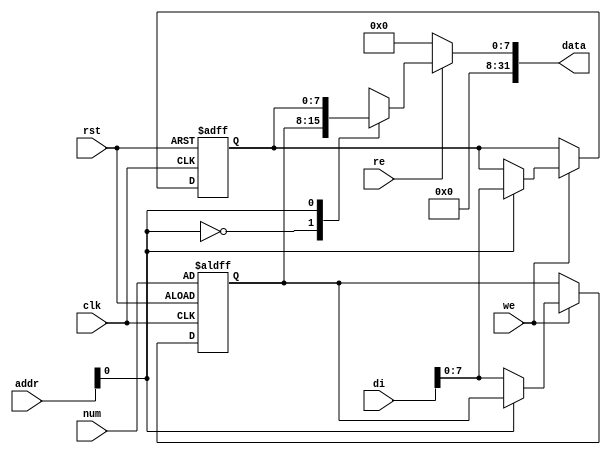
`timescale 1ns / 1ps

module ram(
    input           clk,
    input           rst,
    input   [ 7:0]  num,
    input           re,
    input           we,
    input   [31:0]  di,
    input   [31:0]  addr,
    output  [31:0]  data
    );
    
    reg [7:0]ram[1:0];
    
    assign data = re ? {24'b0, ram[addr[1:0]]} : 0;
    
    always @(posedge clk or negedge rst) begin 
        if (!rst) begin 
            ram[0] <= num;
            ram[1] <= 0;
        end 
        else begin 
            if (we) ram[addr[1:0]] <= di[7:0];
        end 
    end 
endmodule